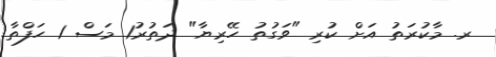
ރ. މާކުރަތު އަށް ކުރި "ވަގުތު ހޭރިޔާ" ދަތުރު1 މަސް 1 ހަފްތާ